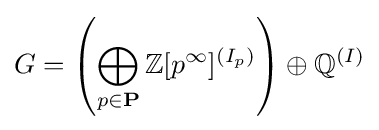
G=\left(\bigoplus _{p\in \mathbf {P} }\mathbb {Z} [p^{\infty }]^{(I_{p})}\right)\oplus \mathbb {Q} ^{(I)}